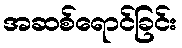
အဆစ်ရောင်ခြင်း